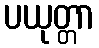
ပယုတ္တာ